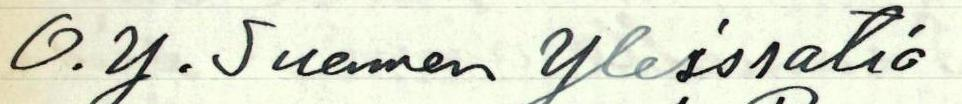
O.Y. Suomen Yleisratio